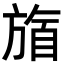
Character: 𬀋